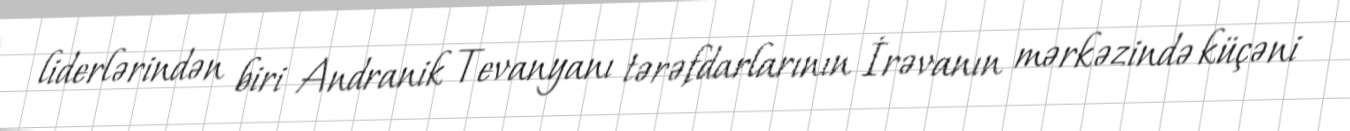
liderlərindən biri Andranik Tevanyanı tərəfdarlarının İrəvanın mərkəzində küçəni